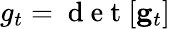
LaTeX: g_{t}=\mathrm{~d~e~t~}[{\mathbf g}_{t}]